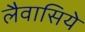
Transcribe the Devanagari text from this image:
लैवासिये